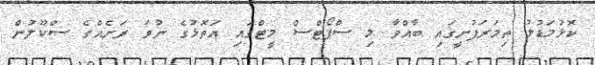
ކޮޅުމަޑުލު ތިމަރަފުށީގައި ބާއްވާ މި ސްޕޯޓްސް މީޓްގައި އަތޮޅުގެ ނުވަ ރަށެއްގެ ސްކޫލުން